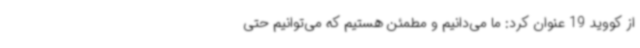
از کووید 19 عنوان کرد: ما می‌دانیم و مطمئن هستیم که می‌توانیم حتی